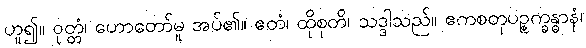
ဟူ၍။ ဝုတ္တံ၊ ဟောတော်မူ အပ်၏။ ဧတံ၊ ထိုစုတိ၊ သဒ္ဒါသည်။ ဧကစတုပဉ္စက္ခန္ဓာနံ၊